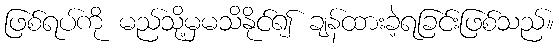
ဖြစ်ရပ်ကို မည်သို့မှမသိနိုင်၍ ချန်ထားခဲ့ရခြင်းဖြစ်သည်။